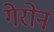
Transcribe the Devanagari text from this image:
गेरोन